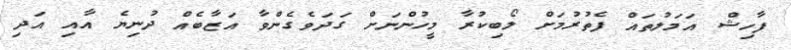
ފާހިޝް އަމަލުތައް ފެތުރުމަށް ލޯބިކުރާ މީހުންނަށް ގަދަވެގެންވާ އަޒާބެއް ދުނިޔެ އާއި އަދި